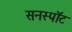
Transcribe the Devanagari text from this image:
सनस्पॉट